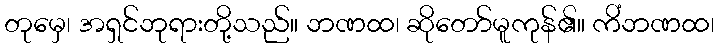
တုမှေ၊ အရှင်ဘုရားတို့သည်။ ဘဏထ၊ ဆိုတော်မူကုန်၏။ ကိံဘဏထ၊